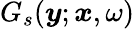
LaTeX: G_{s}(\boldsymbol{y};\boldsymbol{x},\omega)